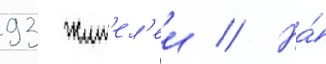
93 жит'ел'еи // На́